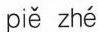
piě zhé